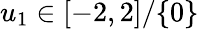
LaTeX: u_{1}\in[-2,2]/\{ 0\}